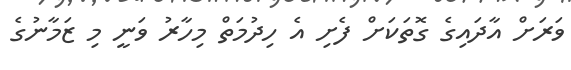
ވަރަށް އާދައިގެ ގޮތަކަށް ފެށި އެ ހިދުމަތް މިހާރު ވަނީ މި ޒަމާނުގެ